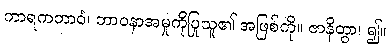
ကာရကဘာဝံ၊ ဘာဝနာအမှုကိုပြုသူ၏ အဖြစ်ကို။ ဇာနိတွာ၊ ၍။